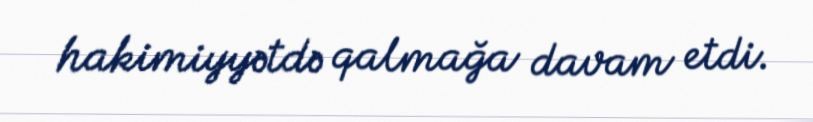
hakimiyyətdə qalmağa davam etdi.